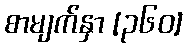
စာမျက်နှာ [၃၆၀]